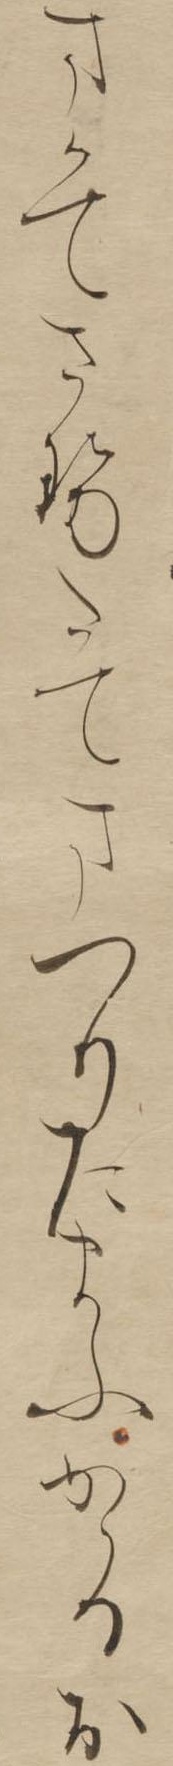
まかてさせたてまつりたまふかゝるお